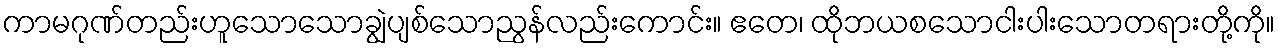
ကာမဂုဏ်တည်းဟူသောသောချွဲပျစ်သောညွန်လည်းကောင်း။ ဧတေ၊ ထိုဘယစသောငါးပါးသောတရားတို့ကို။